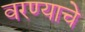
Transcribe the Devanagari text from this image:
वरण्याचे